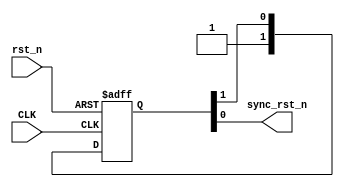
module RST_SYNC (
	input  wire CLK,
	input  wire rst_n,
	output reg  sync_rst_n
);

reg [1:0] NFFS;

always @(posedge CLK, negedge rst_n) begin

	if (!rst_n) begin
		NFFS  <= 0;
	end
	else begin
		NFFS <= {1'b1,NFFS[1]};
	end

end

always @(*) begin
	sync_rst_n = NFFS[0];
end

endmodule